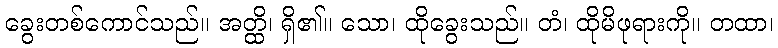
ခွေးတစ်ကောင်သည်။ အတ္ထိ၊ ရှိ၏။ သော၊ ထိုခွေးသည်။ တံ၊ ထိုမိဖုရားကို။ တထာ၊